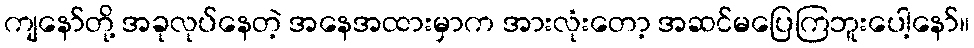
ကျနော်တို့ အခုလုပ်နေတဲ့ အနေအထားမှာက အားလုံးတော့ အဆင်မပြေကြဘူးပေါ့နော်။